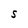
Character: S